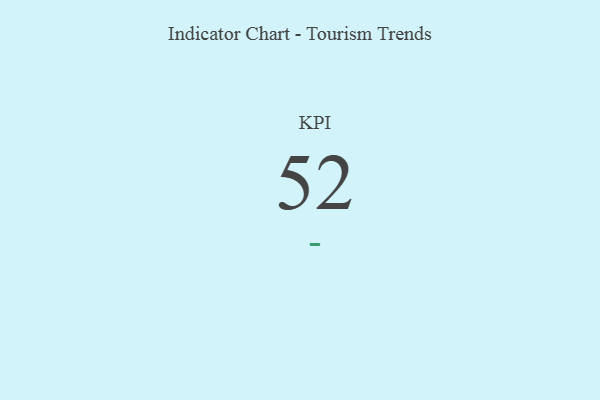
{"axis": {"x": "KPI", "y": "Value"}, "legend": [""], "data": [{"x": "KPI", "y": 52, "type": ""}]}